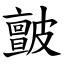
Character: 皽